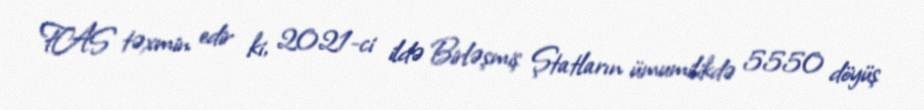
FAS təxmin edir ki, 2021-ci ildə Birləşmiş Ştatların ümumilikdə 5550 döyüş